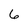
Character: 6